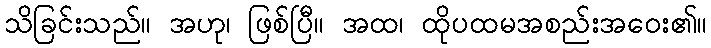
သိခြင်းသည်။ အဟု၊ ဖြစ်ပြီ။ အထ၊ ထိုပထမအစည်းအဝေး၏။